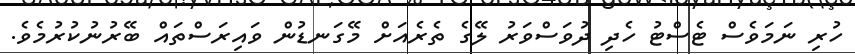
ހުރި ނަމަވެސް ޓެސްޓު ހެދި ދުވަސްވަރު ލޭގެ ތެރެއަށް މޭގަނޑުން ވައިރަސްތައް ބޭރުނުކުރުމެވެ.